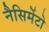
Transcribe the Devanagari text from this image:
नैसिमेंटो